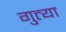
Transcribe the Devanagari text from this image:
गुत्या